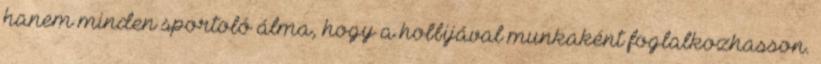
hanem minden sportoló álma, hogy a hobbijával munkaként foglalkozhasson.